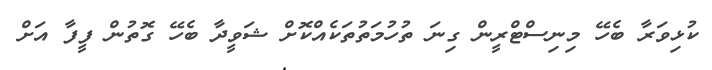
ކުޅިވަރާ ބެހޭ މިނިސްޓްރީން ގިނަ ތުހުމަތުތަކެއްކޮށް ޝަވީދާ ބެހޭ ގޮތުން ފީފާ އަށް